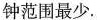
钟范围最少。